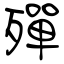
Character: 殫